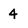
Character: 4